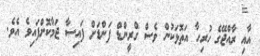
އާއި ރާއްޖޭގެ ހުރިހާ އަތޮޅަކުން ވެސް ގްރީންޑް ފަންޑަށް ފައިސާ ޖަމާކޮށްފައިވެ އެވެ.